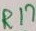
Text: R17